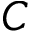
C